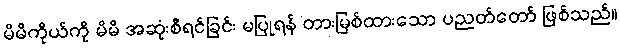
မိမိကိုယ်ကို မိမိ အဆုံးစီရင်ခြင်း မပြုရန် တားမြစ်ထားသော ပညတ်တော် ဖြစ်သည်။